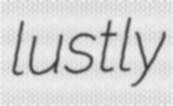
lustly